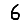
Digit: 6